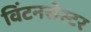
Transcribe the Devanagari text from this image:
विंटनसेस्टर